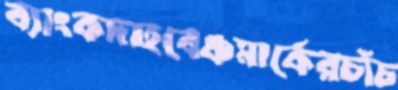
ব্যাংকদাহবেঞ্চমার্কেরচাঁচ